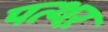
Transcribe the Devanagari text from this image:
पत्थऱ